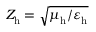
Z _ { \mathrm { h } } ^ { } = \sqrt { \mu _ { \mathrm { h } } ^ { } / \varepsilon _ { \mathrm { h } } ^ { } }